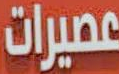
عصيرات